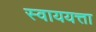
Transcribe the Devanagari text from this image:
स्वाययत्ता